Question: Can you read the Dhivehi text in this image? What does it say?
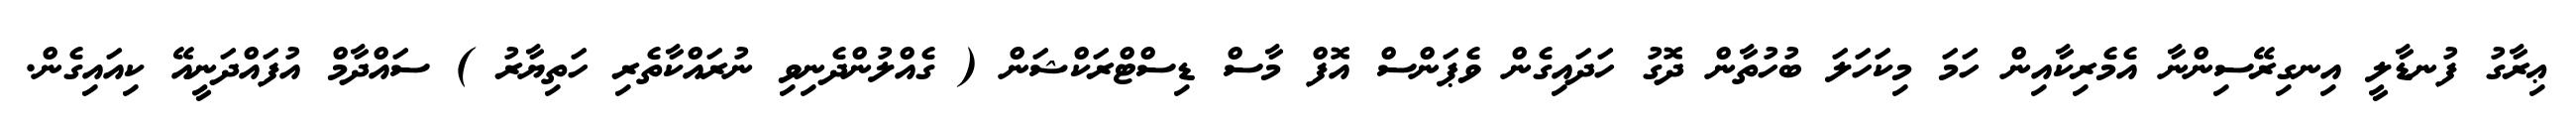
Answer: ޢިރާގު ފުނޑާލީ އިނގިރޭސިންނާ އެމެރިކާއިން ހަމަ މިކަހަލަ ބުހުތާން ދޮގު ހަދައިގެން ވެޕަންސް އޮފް މާސް ޑިސްޓްރަކްޝަން ( ގެއްލުންދެނިވި ނުރައްކާތެރި ހަތިޔާރު ) ސައްދާމް އުފައްދަނީއޭ ކިއައިގެން.